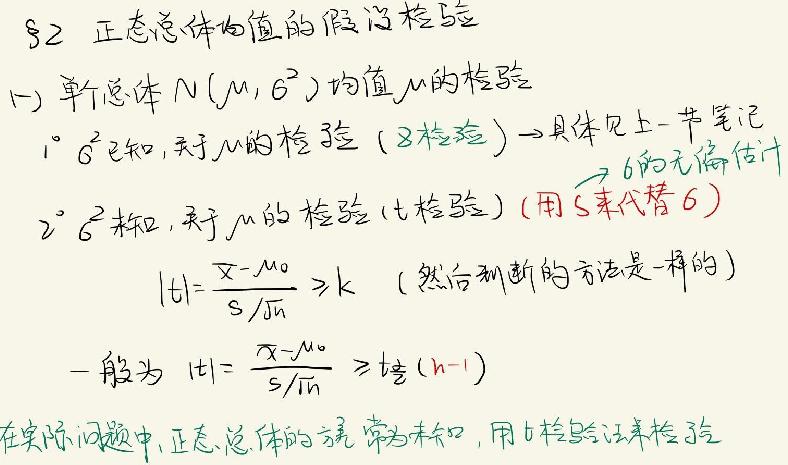
§2 正态总体均值的假设检验
(一) 单个总体 \(N(\mu,\sigma^{2})\) 均值 \(\mu\) 的检验
1° \(\sigma^{2}\) 已知，关于 \(\mu\) 的检验（Z 检验）→具体见上 - 节笔记
2° \(\sigma^{2}\) 未知，关于 \(\mu\) 的检验（t 检验）（用 \(S\) 来代替 \(\sigma\)）
\(\vert t\vert=\frac{\vert\overline{X}-\mu_{0}\vert}{S / \sqrt{n}}\geqslant k\) （然后判断的方法是一样的）
一般为 \(\vert t\vert=\frac{\vert\overline{X}-\mu_{0}\vert}{S / \sqrt{n}}\geqslant t_{\frac{\alpha}{2}}(n - 1)\)
在实际问题中，正态总体的方差常为未知，用 t 检验法来检验